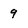
Character: 9